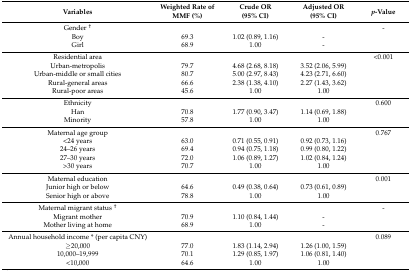
| Variables | Weighted Rate of MMF (%) | Crude OR (95% CI) | Adjusted OR (95% CI) | p-Value |
 | --- | --- | --- | --- | --- |
 | Gender † |  |  |  | - |
 | Boy | 69.3 | 1.02 (0.89, 1.16) | - |  |
 | Girl | 68.9 | 1.00 | - |  |
 | Residential area |  |  |  | <0.001 |
 | Urban-metropolis | 79.7 | 4.68 (2.68, 8.18) | 3.52 (2.06, 5.99) |  |
 | Urban-middle or small cities | 80.7 | 5.00 (2.97, 8.43) | 4.23 (2.71, 6.60) |  |
 | Rural-general areas | 66.6 | 2.38 (1.38, 4.10) | 2.27 (1.43, 3.62) |  |
 | Rural-poor areas | 45.6 | 1.00 | 1.00 |  |
 | Ethnicity |  |  |  | 0.600 |
 | Han | 70.8 | 1.77 (0.90, 3.47) | 1.14 (0.69, 1.88) |  |
 | Minority | 57.8 | 1.00 | 1.00 |  |
 | Maternal age group |  |  |  | 0.767 |
 | <24 years | 63.0 | 0.71 (0.55, 0.91) | 0.92 (0.73, 1.16) |  |
 | 24–26 years | 69.4 | 0.94 (0.75, 1.18) | 0.99 (0.80, 1.22) |  |
 | 27–30 years | 72.0 | 1.06 (0.89, 1.27) | 1.02 (0.84, 1.24) |  |
 | >30 years | 70.7 | 1.00 | 1.00 |  |
 | Maternal education |  |  |  | 0.001 |
 | Junior high or below | 64.6 | 0.49 (0.38, 0.64) | 0.73 (0.61, 0.89) |  |
 | Senior high or above | 78.8 | 1.00 | 1.00 |  |
 | Maternal migrant status † |  |  |  | - |
 | Migrant mother | 70.9 | 1.10 (0.84, 1.44) | - |  |
 | Mother living at home | 68.9 | 1.00 | - |  |
 | Annual household income * (per capita CNY) |  |  |  | 0.089 |
 | ≥20,000 | 77.0 | 1.83 (1.14, 2.94) | 1.26 (1.00, 1.59) |  |
 | 10,000–19,999 | 70.1 | 1.29 (0.85, 1.97) | 1.06 (0.81, 1.40) |  |
 | <10,000 | 64.6 | 1.00 | 1.00 |  |